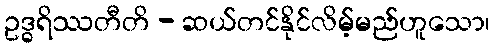
ဥဒ္ဓရိဿတီတိ - ဆယ်တင်နိုင်လိမ့်မည်ဟူသော၊